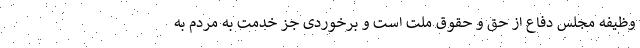
وظیفه مجلس دفاع از حق و حقوق ملت است و برخوردی جز خدمت به مردم به